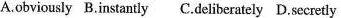
A.obviously B.Instantly C.deliberately D.secretly